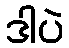
ဒါပဲ